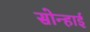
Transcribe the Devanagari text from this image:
सोन्हाई